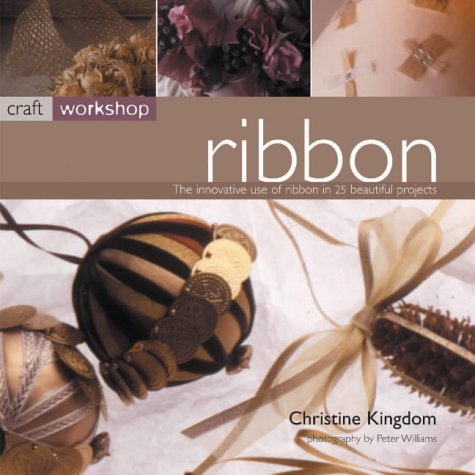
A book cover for Craft Workshop: Ribbon; Christine Kingdom; Crafts, Hobbies & Home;